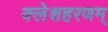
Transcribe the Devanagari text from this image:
क्लेशहरणम्